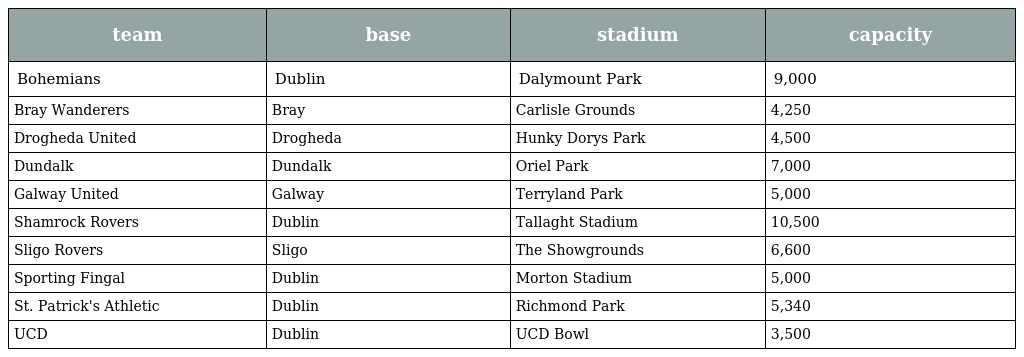
| team | base | stadium | capacity |
 | --- | --- | --- | --- |
 | Bohemians | Dublin | Dalymount Park | 9,000 |
 | Bray Wanderers | Bray | Carlisle Grounds | 4,250 |
 | Drogheda United | Drogheda | Hunky Dorys Park | 4,500 |
 | Dundalk | Dundalk | Oriel Park | 7,000 |
 | Galway United | Galway | Terryland Park | 5,000 |
 | Shamrock Rovers | Dublin | Tallaght Stadium | 10,500 |
 | Sligo Rovers | Sligo | The Showgrounds | 6,600 |
 | Sporting Fingal | Dublin | Morton Stadium | 5,000 |
 | St. Patrick's Athletic | Dublin | Richmond Park | 5,340 |
 | UCD | Dublin | UCD Bowl | 3,500 |